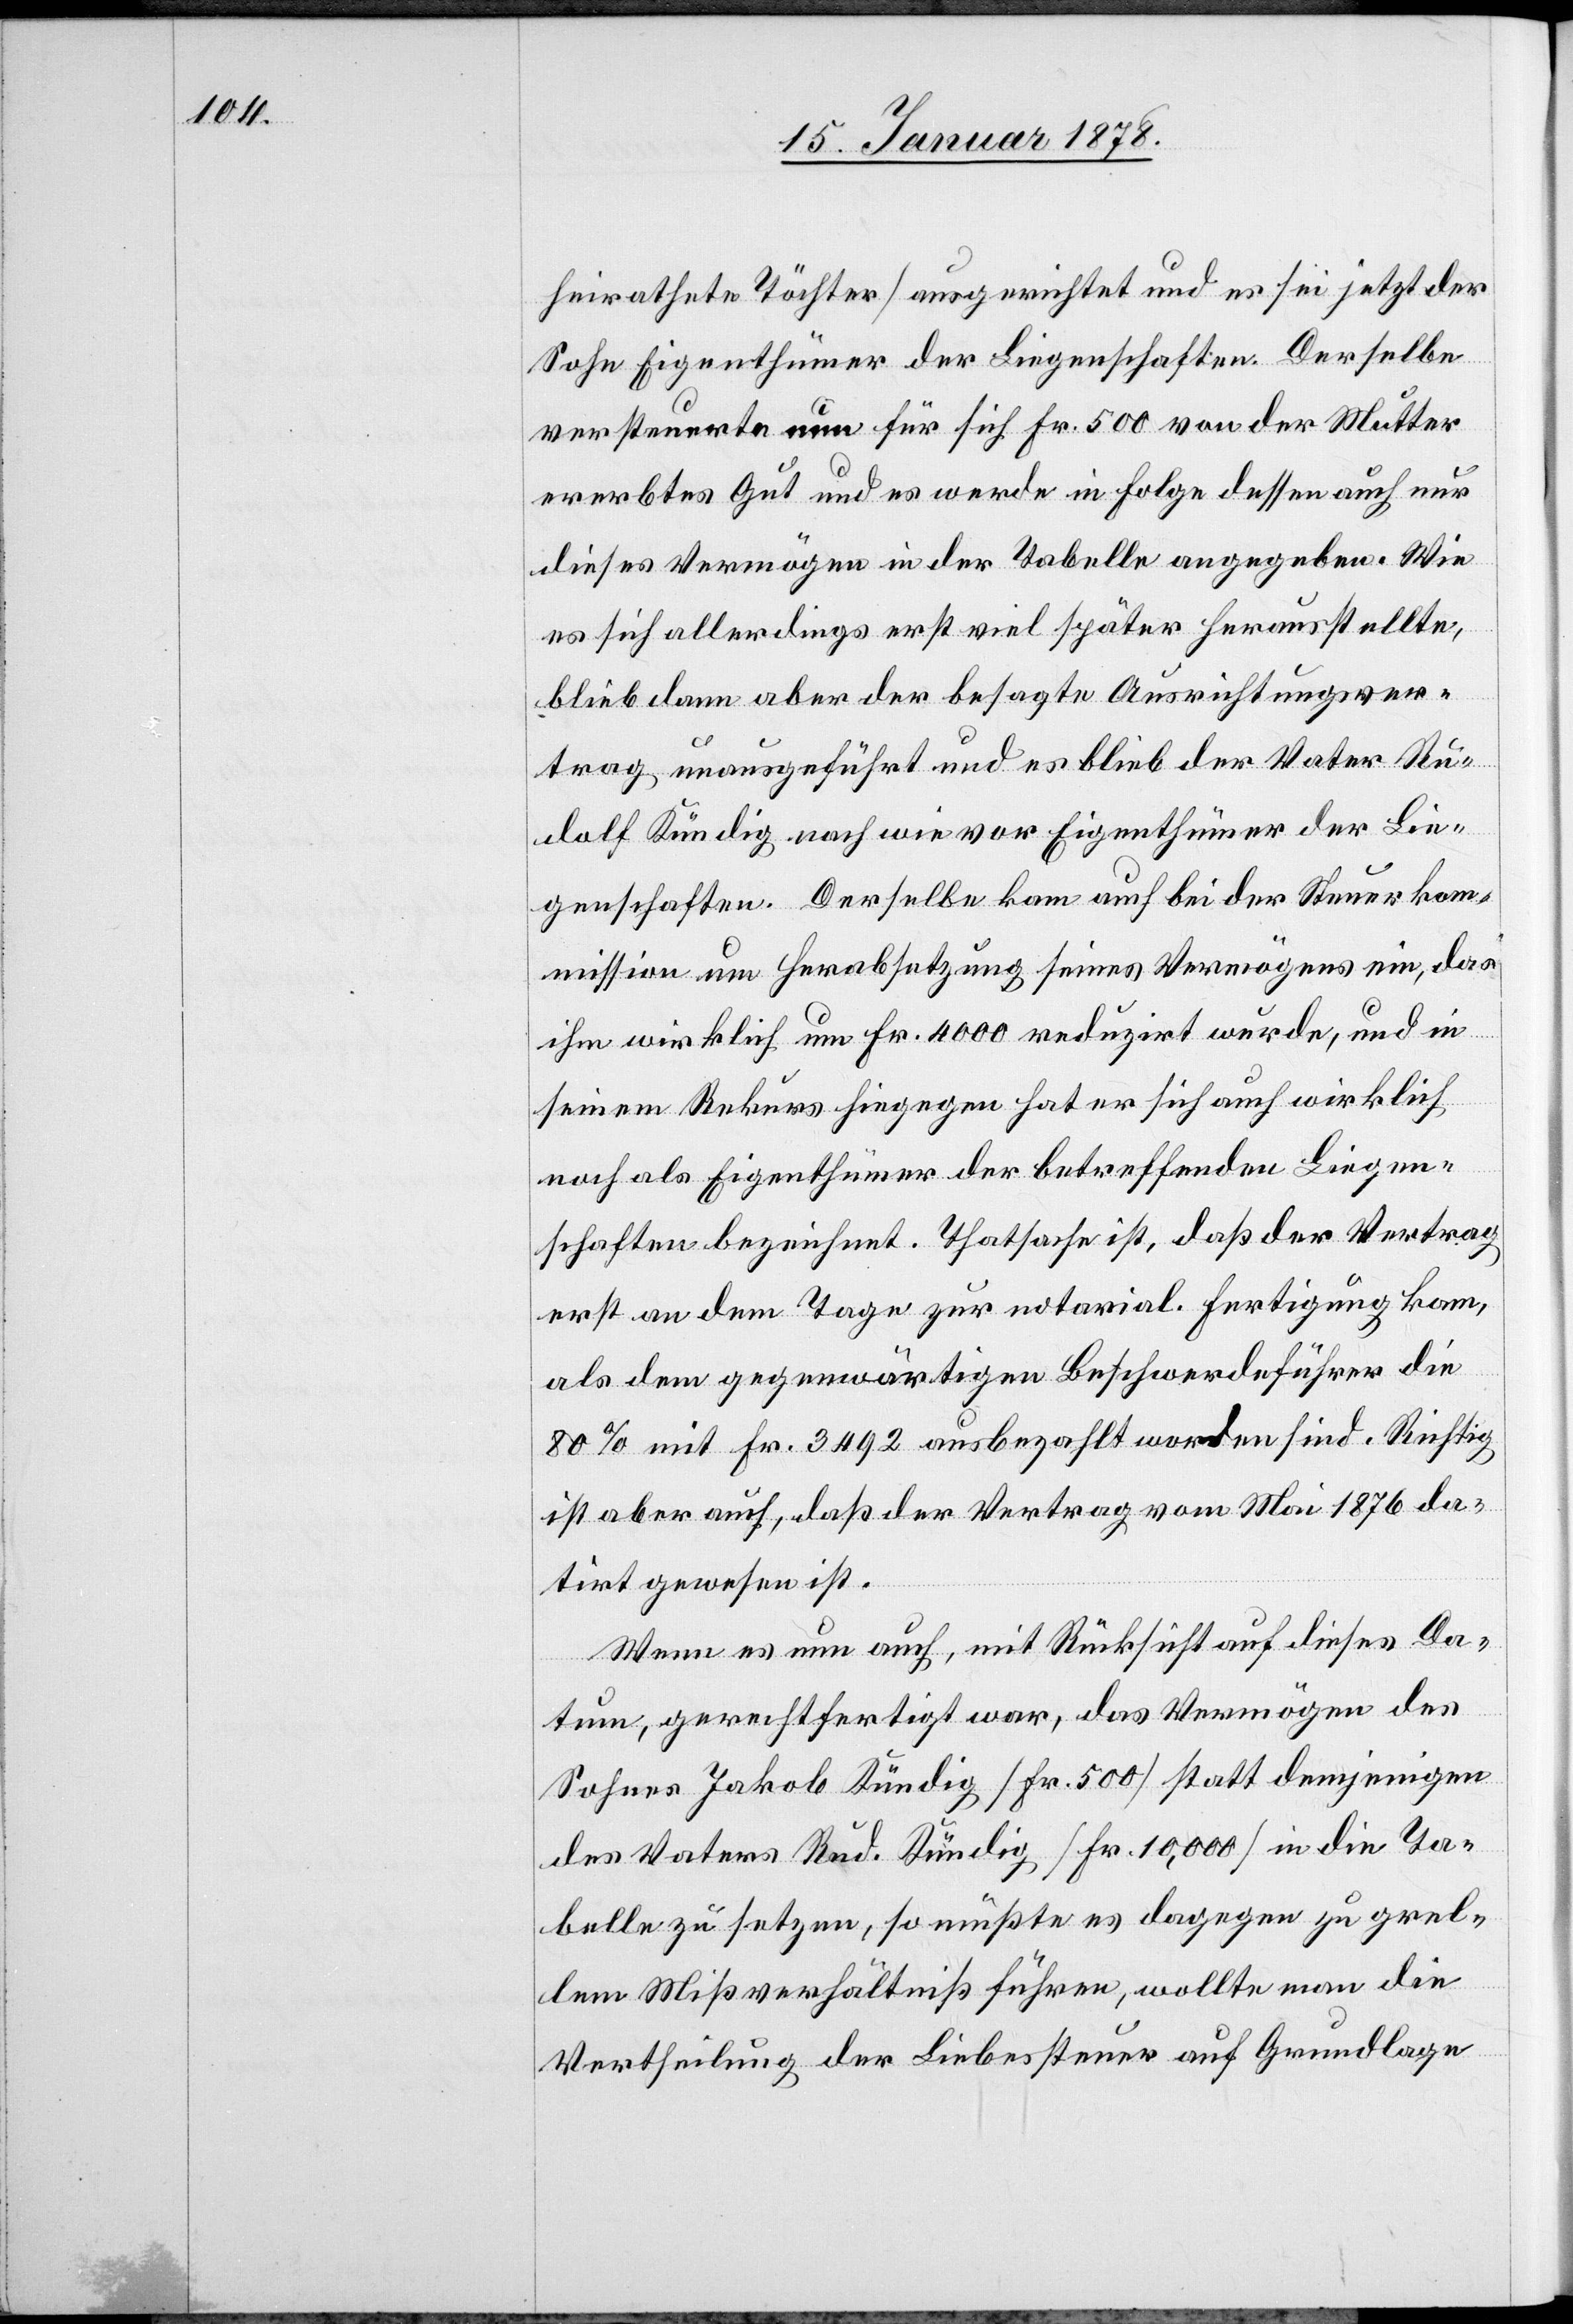
heirathete Töchter) ausgerichtet und es sei jetzt der
Sohn Eigenthümer der Liegenschaften. Derselbe
versteuerte nun für sich Fr. 500 von der Mutter
ererbtes Gut und es werde in Folge dessen auch nur
dieses Vermögen in der Tabelle angegeben. Wie
es sich allerdings erst viel später herausstellte,
blieb dann aber der besagte Ausrichtungsver¬
trag unausgeführt und es blieb der Vater Ru¬
dolf Kündig nach wie vor Eigenthümer der Lie¬
genschaften. Derselbe kam auch bei der Steuerkom¬
mission um Herabsetzung seines Vermögens ein, das
ihm wirklich um Fr. 4000 reduzirt wurde, und in
seinem Rekurs hiegegen hat er sich auch wirklich
noch als Eigenthümer der betreffenden Liegen¬
schaften bezeichnet. Thatsache ist, daß der Vertrag
erst an dem Tage zur notarial. Fertigung kam,
als dem gegenwärtigen Beschwerdeführer die
80% mit Fr. 3492 ausbezahlt worden sind. Richtig
ist aber auch, daß der Vertrag vom Mai 1876 da¬
tirt gewesen ist.
Wenn es nun auch, mit Rücksicht auf dieses Da¬
tum, gerechtfertigt war, das Vermögen des
Sohnes Jakob Kündig (Fr. 500) statt demjenigen
des Vaters Rud. Kündig (Fr. 10,000) in die Ta¬
belle zu setzen, so müßte es dagegen zu grel¬
lem Mißverhältniß führen, wollte man die
Vertheilung der Liebessteuer auf Grundlage